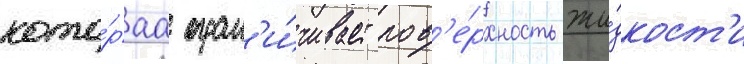
кото́раа огран'и́чивает пов'е́рхность жи́дкост'и